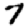
Digit: 7